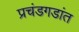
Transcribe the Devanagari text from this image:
प्रचंडगडांत